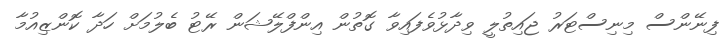
ފިނޭންސް މިނިސްޓަރު ޖައިތުލީ ވިދާޅުވެފައިވާ ގޮތުން އިންފްލޭޝަން ރޭޓު ބެލުމަށް ހަދާ ކޮންޒިއުމާ